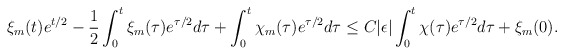
\begin{align*}\xi_m(t) e^{t/2} - \frac 1 2 \int_0^t \xi_m(\tau) e^{\tau/2} d \tau +\int_0^t \chi_m(\tau) e^{\tau/2} d \tau\leq C |\epsilon| \int_0^t \chi(\tau) e^{\tau/2} d \tau + \xi_m(0).\end{align*}